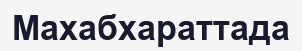
Махабхараттада